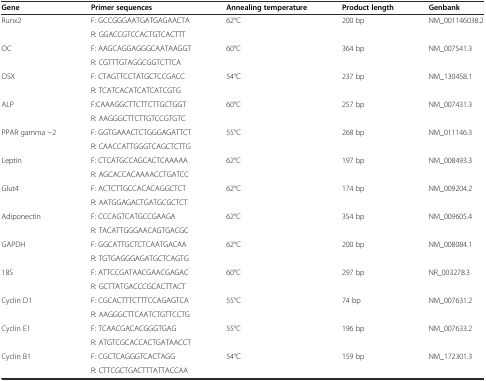
<table><thead><tr><td><b>Gene</b></td><td><b>Primer sequences</b></td><td><b>Annealing temperature</b></td><td><b>Product length</b></td><td><b>Genbank</b></td></tr></thead><tbody><tr><td rowspan="2">Runx2</td><td>F: GCCGGGAATGATGAGAACTA</td><td rowspan="2">62°C</td><td rowspan="2">200 bp</td><td rowspan="2">NM_001146038.2</td></tr><tr><td>R: GGACCGTCCACTGTCACTTT</td></tr><tr><td rowspan="2">OC</td><td>F: AAGCAGGAGGGCAATAAGGT</td><td rowspan="2">60°C</td><td rowspan="2">364 bp</td><td rowspan="2">NM_007541.3</td></tr><tr><td>R: CGTTTGTAGGCGGTCTTCA</td></tr><tr><td rowspan="2">OSX</td><td>F: CTAGTTCCTATGCTCCGACC</td><td rowspan="2">54°C</td><td rowspan="2">237 bp</td><td rowspan="2">NM_130458.1</td></tr><tr><td>R: TCATCACATCATCATCGTG</td></tr><tr><td rowspan="2">ALP</td><td>F:CAAAGGCTTCTTCTTGCTGGT</td><td rowspan="2">60°C</td><td rowspan="2">257 bp</td><td rowspan="2">NM_007431.3</td></tr><tr><td>R: AAGGGCTTCTTGTCCGTGTC</td></tr><tr><td rowspan="2">PPAR gamma −2</td><td>F: GGTGAAACTCTGGGAGATTCT</td><td rowspan="2">55°C</td><td rowspan="2">268 bp</td><td rowspan="2">NM_011146.3</td></tr><tr><td>R: CAACCATTGGGTCAGCTCTTG</td></tr><tr><td rowspan="2">Leptin</td><td>F: CTCATGCCAGCACTCAAAAA</td><td rowspan="2">62°C</td><td rowspan="2">197 bp</td><td rowspan="2">NM_008493.3</td></tr><tr><td>R: AGCACCACAAAACCTGATCC</td></tr><tr><td rowspan="2">Glut4</td><td>F: ACTCTTGCCACACAGGCTCT</td><td rowspan="2">62°C</td><td rowspan="2">174 bp</td><td rowspan="2">NM_009204.2</td></tr><tr><td>R: AATGGAGACTGATGCGCTCT</td></tr><tr><td rowspan="2">Adiponectin</td><td>F: CCCAGTCATGCCGAAGA</td><td rowspan="2">62°C</td><td rowspan="2">354 bp</td><td rowspan="2">NM_009605.4</td></tr><tr><td>R: TACATTGGGAACAGTGACGC</td></tr><tr><td rowspan="2">GAPDH</td><td>F: GGCATTGCTCTCAATGACAA</td><td rowspan="2">62°C</td><td rowspan="2">200 bp</td><td rowspan="2">NM_008084.1</td></tr><tr><td>R: TGTGAGGGAGATGCTCAGTG</td></tr><tr><td rowspan="2">18S</td><td>F: ATTCCGATAACGAACGAGAC</td><td rowspan="2">60°C</td><td rowspan="2">297 bp</td><td rowspan="2">NR_003278.3</td></tr><tr><td>R: GCTTATGACCCGCACTTACT</td></tr><tr><td rowspan="2">Cyclin D1</td><td>F: CGCACTTTCTTTCCAGAGTCA</td><td rowspan="2">55°C</td><td rowspan="2">74 bp</td><td rowspan="2">NM_007631.2</td></tr><tr><td>R: AAGGGCTTCAATCTGTTCCTG</td></tr><tr><td rowspan="2">Cyclin E1</td><td>F: TCAACGACACGGGTGAG</td><td rowspan="2">55°C</td><td rowspan="2">196 bp</td><td rowspan="2">NM_007633.2</td></tr><tr><td>R: ATGTCGCACCACTGATAACCT</td></tr><tr><td rowspan="2">Cyclin B1</td><td>F: CGCTCAGGGTCACTAGG</td><td rowspan="2">54°C</td><td rowspan="2">159 bp</td><td rowspan="2">NM_172301.3</td></tr><tr><td>R: CTTCGCTGACTTTATTACCAA</td></tr></tbody></table>